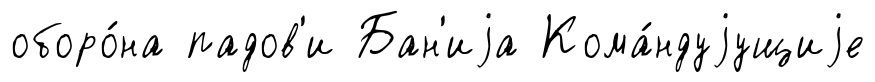
оборо́на падов'и Бан'иjа Кома́ндуjущиjе